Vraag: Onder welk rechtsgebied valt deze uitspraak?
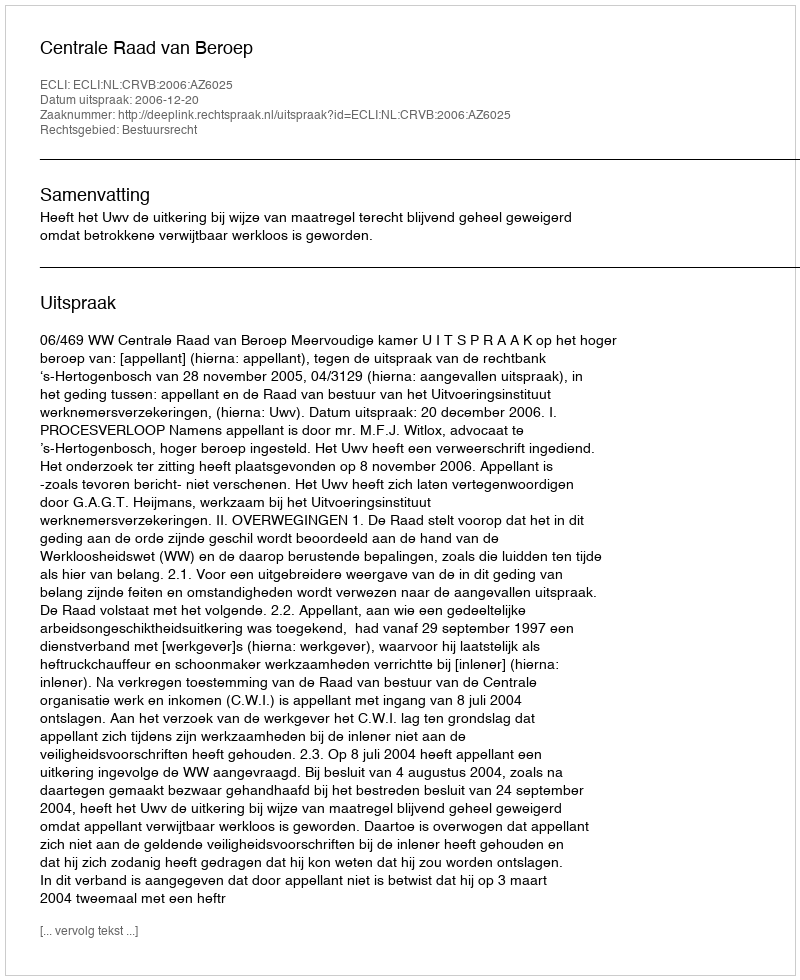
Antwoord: Bestuursrecht